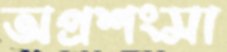
অপ্রশংসা